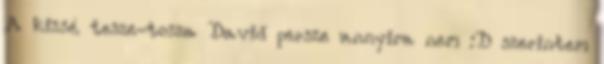
A kissé tesze-tosza David persze annyira nem :D szerintem